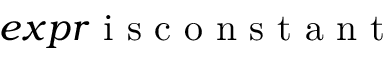
e x p r \mathrm { ~ i ~ s ~ c ~ o ~ n ~ s ~ t ~ a ~ n ~ t ~ }